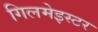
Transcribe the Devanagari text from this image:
गिलमेइस्टर